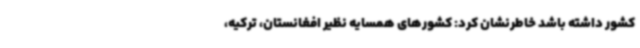
کشور داشته باشد خاطرنشان کرد: کشورهای همسایه نظیر افغانستان، ترکیه،